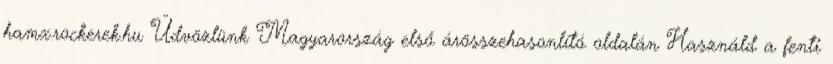
hamx.rockerek.hu Üdvözlünk Magyarország első árösszehasonlító oldalán Használd a fenti